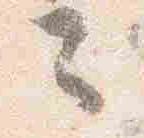
云